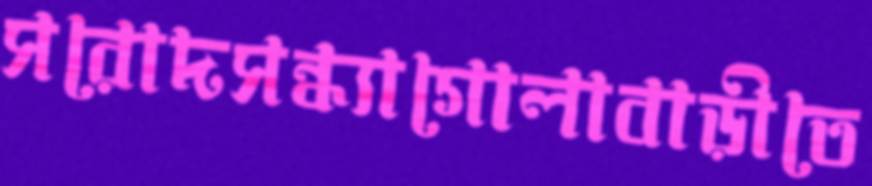
সরোদসন্ধ্যাগোলাবাড়ীতে